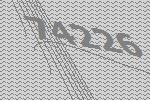
74226